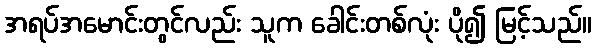
အရပ်အမောင်းတွင်လည်း သူက ခေါင်းတစ်လုံး ပို၍ မြင့်သည်။